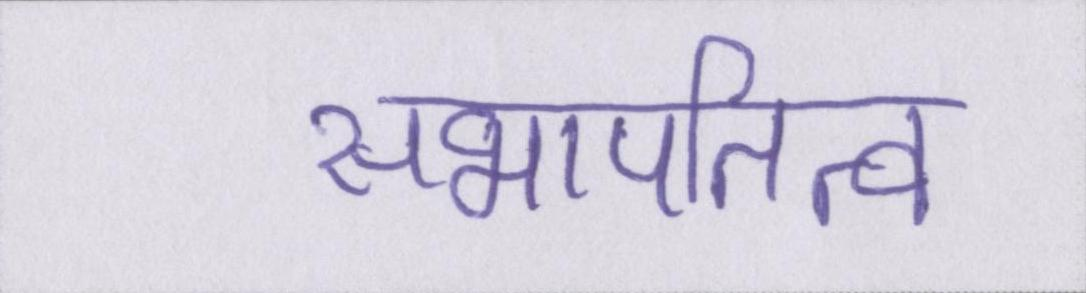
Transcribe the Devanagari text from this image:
सभापतित्व